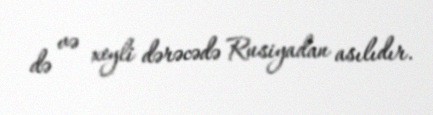
də və xeyli dərəcədə Rusiyadan asılıdır.